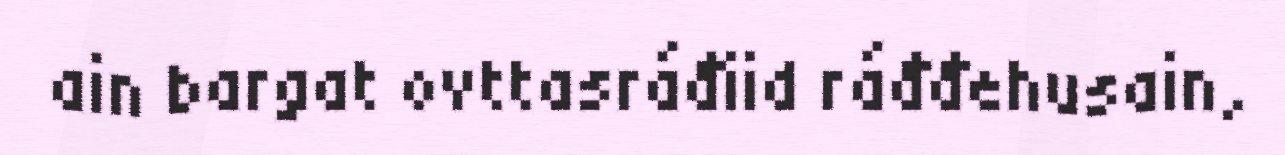
ain bargat ovttasráđiid ráđđehusain,